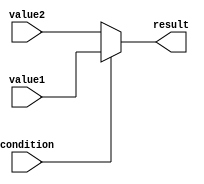
module conditional_operator (
    input wire condition,
    input wire value1,
    input wire value2,
    output reg result
);

always @(*) begin
    result = (condition) ? value1 : value2;
end

endmodule